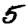
Digit: 5